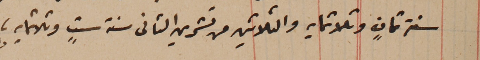
سنة ثمانٍ وثلاثمايه والثلاثين من تشرين الثانى سنة ستٍ وثلاثمايه.